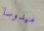
ميدوسا